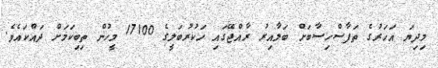
މިދިޔަ އަހަރުގެ ތަފާސްހިސާބަށް ބަލާއިރު ރާއްޖޭގައި ހަކުރުބަލީގެ 17100 މީހުން ތިބިކަމަށް ދައްކައެވެ.